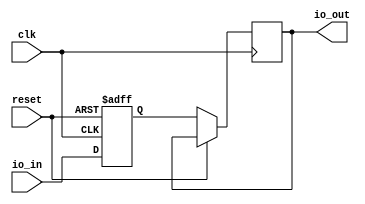
module IO_LPB(
    input wire clk,
    input wire reset,
    input wire io_in,
    output wire io_out
);

reg buffer;

always @(posedge clk or posedge reset) begin
    if (reset) begin
        buffer <= 1'b0;
    end else begin
        buffer <= io_in;
        io_out <= buffer;
    end
end

endmodule